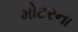
મોટરના